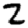
Digit: 2